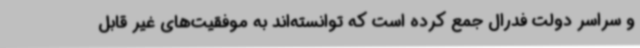
و سراسر دولت فدرال جمع کرده است که توانسته‌اند به موفقیت‌های غیر قابل